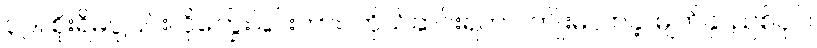
၃၉။ စိုးရိမ်ပူပြင်း၊ ငိုကြွေးခြင်းကား၊ ကိုယ်ဆင်းရဲကာ၊ ကျိုးမလာခဲ့၊ မျက်နှာညစ်ပုပ်၊